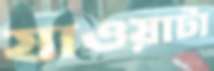
যাওয়াটা